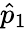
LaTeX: \hat{p}_{1}